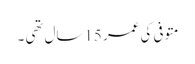
متوفی کی عمر 15سال تھی ۔